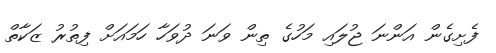
ފެށިގެން އަންނަ ޖުލައި މަހުގެ ތިން ވަނަ ދުވަހާ ހަމައަށް ފިތުރު ޒަކާތް